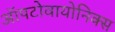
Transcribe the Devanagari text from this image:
ऑपटोवायोनिक्स